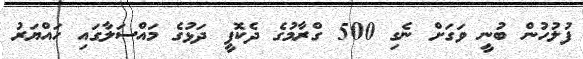
ފުލުހުން ބުނީ ވަގަށް ނެގި 500 ގްރާމުގެ ދެކޮފީ ދަޅުގެ މައްސަލާގައި ހައްޔަރު